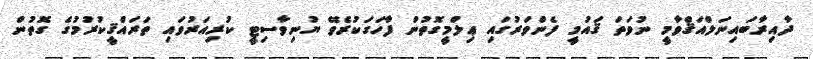
ދާއިރާބައިނަލްއަޤްވާމީ ނުވަތަ ޤައުމީ ފެންވަރުގައި ޢިލްމީގޮތުން ފާހަގަކުރެވޭ ޔުނިވާސިޓީ ކުރިއަރުވައި ތަރައްޤީކުރުމުގެ ގޮތުން